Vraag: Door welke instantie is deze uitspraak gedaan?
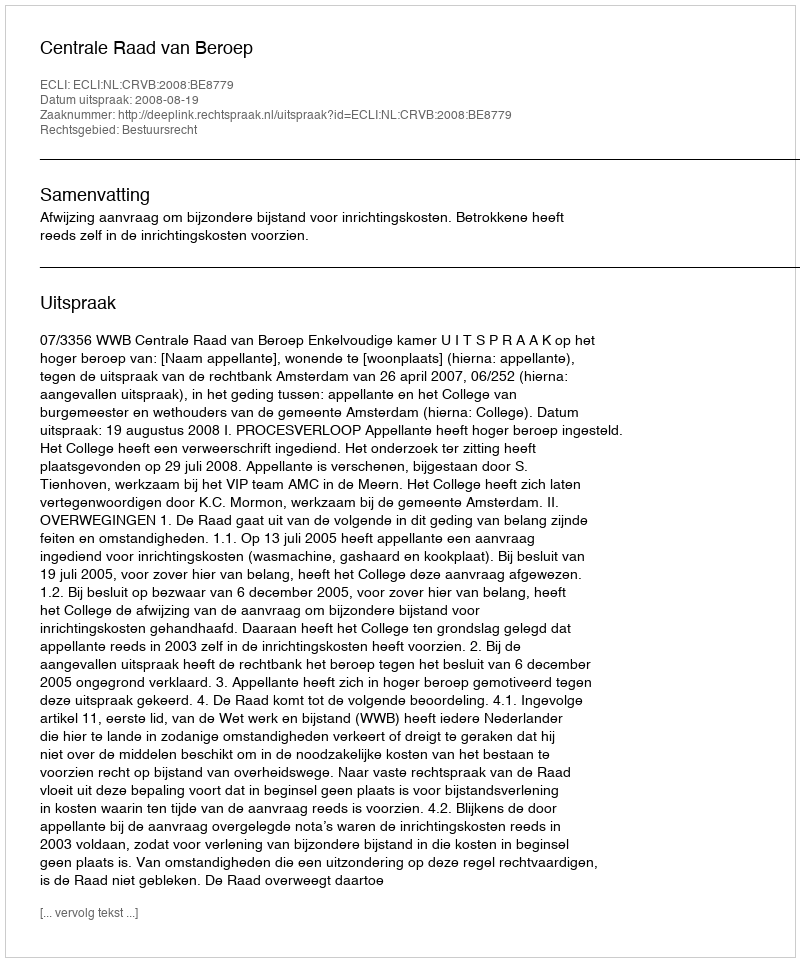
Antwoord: Centrale Raad van Beroep